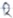
Text: R